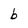
Character: b